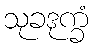
သုခဒုက္ခံ